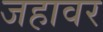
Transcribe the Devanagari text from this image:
जहावर